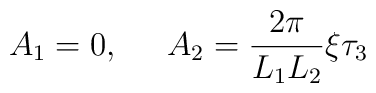
A_1 = 0, \;\;\;\;\;A_2 =\frac{2 \pi}{ L_1 L_2}  \xi\tau_3